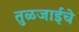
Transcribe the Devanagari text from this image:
तुळजाईचे